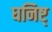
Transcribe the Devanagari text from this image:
घनिष्ट्